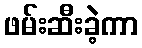
ဖမ်းဆီးခဲ့ကာ